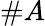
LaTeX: \# A